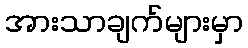
အားသာချက်များမှာ